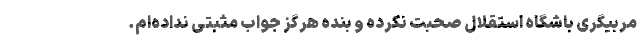
مربیگری باشگاه استقلال صحبت نکرده و بنده هرگز جواب مثبتی نداده‌ام.